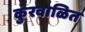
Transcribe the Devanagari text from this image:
कुरवाळित